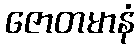
ဇောတမာနံ